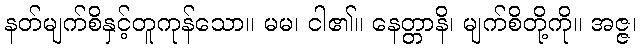
နတ်မျက်စိနှင့်တူကုန်သော။ မမ၊ ငါ၏။ နေတ္တာနိ၊ မျက်စိတို့ကို။ အဇ္ဇ၊